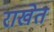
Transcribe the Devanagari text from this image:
राखेत